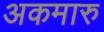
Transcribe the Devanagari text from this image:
अकमारु